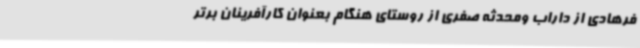
فرهادی از داراب ومحدثه صفری از روستای هنگام بعنوان کارآفرینان برتر